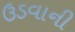
ઉડવાની